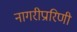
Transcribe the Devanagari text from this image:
नागरीप्रारिणी